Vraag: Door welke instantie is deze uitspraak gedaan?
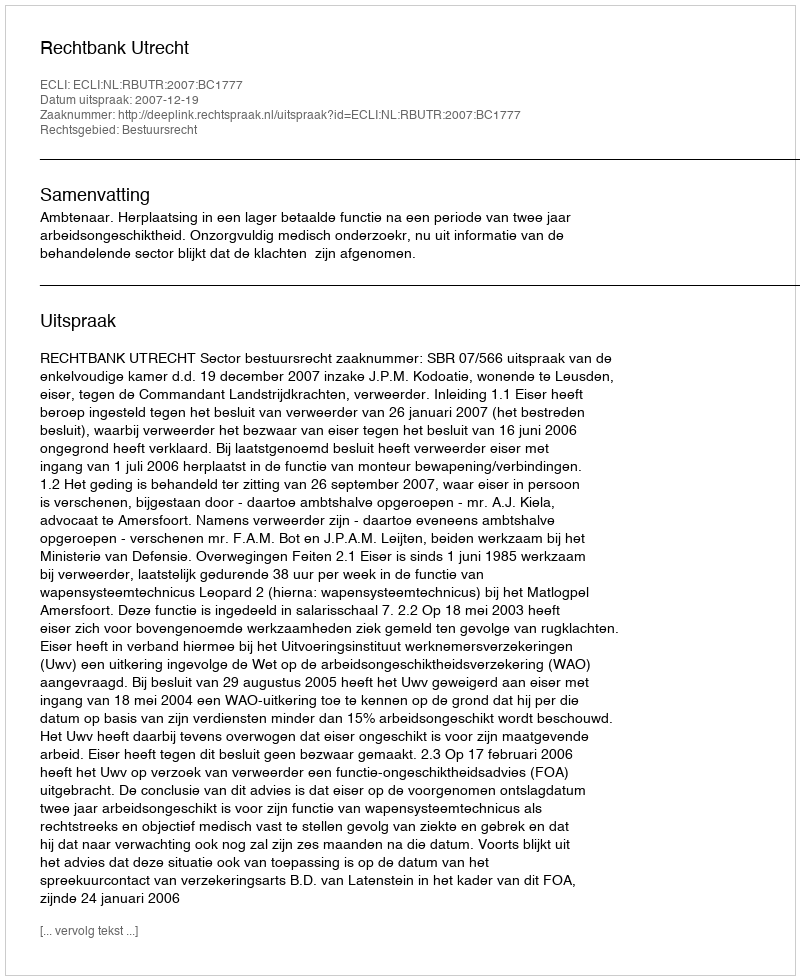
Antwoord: Rechtbank Utrecht